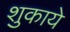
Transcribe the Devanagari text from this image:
शुकाये